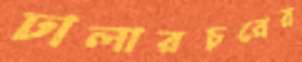
ঢালারচরের